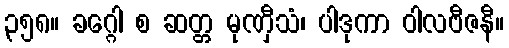
၃၅၈။ ခဂ္ဂေါ စ ဆတ္တ မုဏှီသံ၊ ပါဒုကာ ဝါလဗီဇနီ။